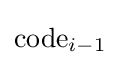
\mathrm {code} _{i-1}